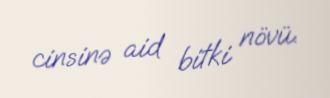
cinsinə aid bitki növü.